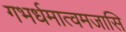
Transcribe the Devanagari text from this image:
गभर्धमात्वमजासि